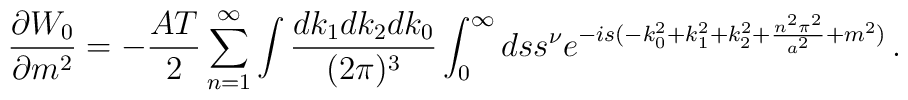
{\partial W_0\over \partial m^2}=-{AT\over2}\sum_{n=1}^{\infty}\int{dk_1dk_2dk_0\over (2\pi)^3}\int_0^{\infty}ds s^{\nu}e^{-is(-k_0^2+k_1^2+k_2^2 +{n^2\pi^2\over a^2}+m^2)}\,.